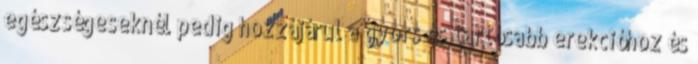
egészségeseknél pedig hozzájárul a gyors és tartósabb erekcióhoz és